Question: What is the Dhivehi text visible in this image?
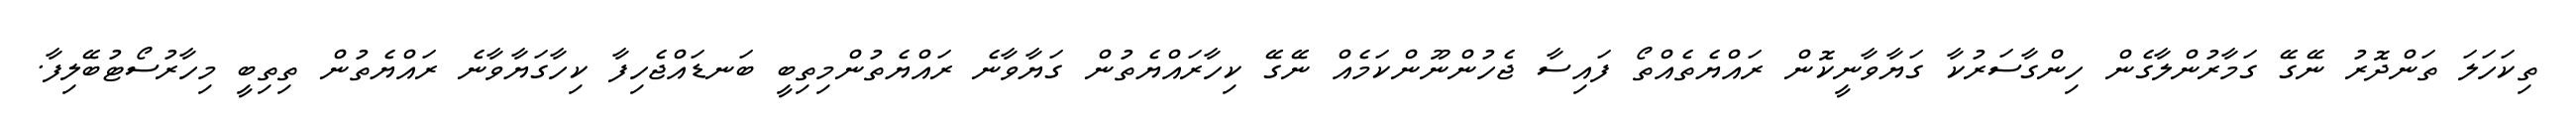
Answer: ތިކަހަލަ ތަންދޮރު ނޭގޭ ގަމާރުންލާގެން ހިންގާސަރުކާ ގަޔާވާނީކޮން ރައްޔެތެއްތޯ ފައިސާ ޖެހުންނޫންކަމެއް ނޭގޭ ކިހާރައްޔެތުން ގަޔާވާނެ ރައްޔެތުންމިތިބީ ބަނޑައްޖެހިފާ ކިހާގަޔާވާނެ ރައްޔެތުން ތިތިބީ މިހާރުސޯޓުބޭލިފާ.